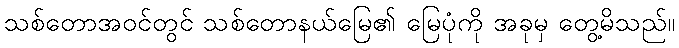
သစ်တောအဝင်တွင် သစ်တောနယ်မြေ၏ မြေပုံကို အခုမှ တွေ့မိသည်။